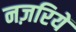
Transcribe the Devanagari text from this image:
नज़रियें